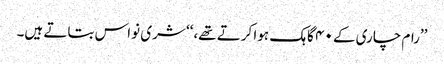
’’رام چاری کے ۴۰ گاہک ہوا کرتے تھے،‘‘ شری نواس بتاتے ہیں۔